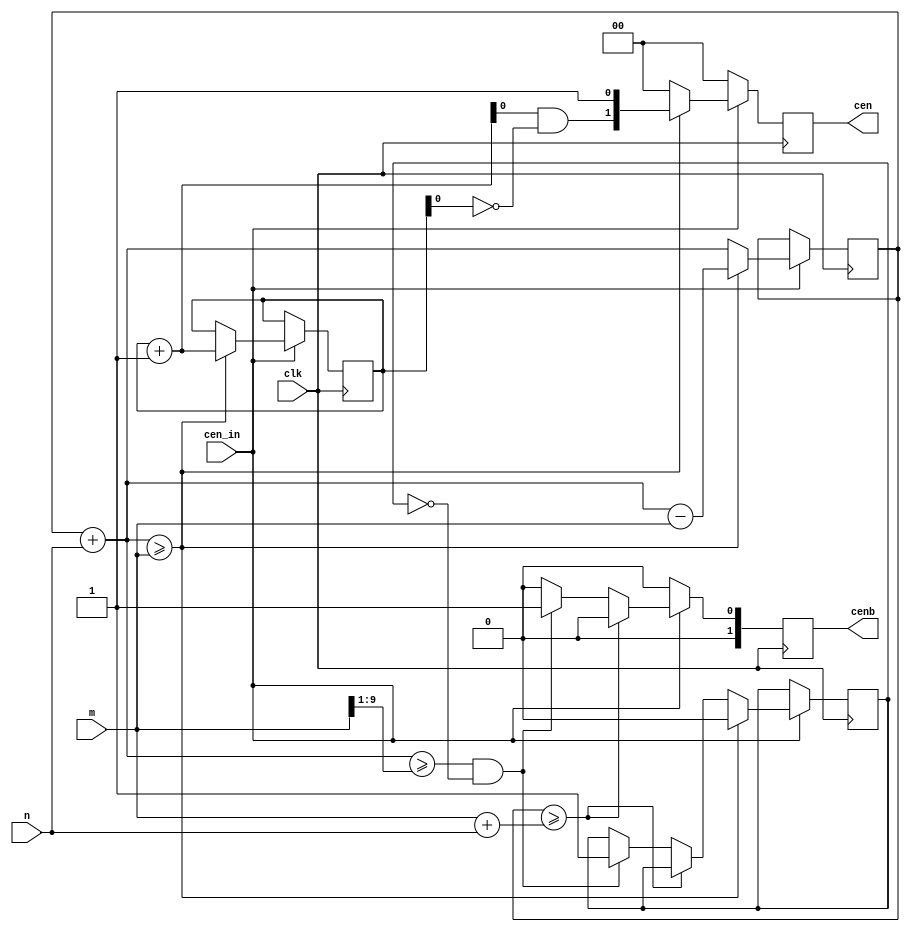
// This program was cloned from: https://github.com/MiSTer-devel/MiSTerLaggy_MiSTer
// License: GNU General Public License v2.0

///////////////////////////////////////////////////////////////////////////
// Fractional clock enable signal
// W refers to the number of divided down cen signals available
// each one is divided by 2

module jtframe_frac_cen #(parameter W=2)(
    input         clk,
    input         cen_in,

    input   [9:0] n,         // numerator
    input   [9:0] m,         // denominator
    output reg [W-1:0] cen,
    output reg [W-1:0] cenb // 180 shifted
);

wire [10:0] step={1'b0,n};
wire [10:0] lim ={1'b0,m};
wire [10:0] absmax = lim+step;

reg  [10:0] cencnt=11'd0;
reg  [10:0] next;
reg  [10:0] next2;

always @(*) begin
    next  = cencnt+step;
    next2 = next-lim;
end

reg  half    = 1'b0;
wire over    = next>=lim;
wire halfway = next >= (lim>>1)  && !half;

reg  [W-1:0] edgecnt = {W{1'b0}};
wire [W-1:0] next_edgecnt = edgecnt + 1'b1;
wire [W-1:0] toggle = next_edgecnt & ~edgecnt;

always @(posedge clk) begin
    cen  <= {W{1'b0}};
    cenb <= {W{1'b0}};

    if (cen_in) begin
        if( cencnt >= absmax ) begin
            // something went wrong: restart
            cencnt <= 11'd0;
        end else
        if( halfway ) begin
            half <= 1'b1;
            cenb[0] <= 1'b1;
        end
        if( over ) begin
            cencnt <= next2;
            half <= 1'b0;
            edgecnt <= next_edgecnt;
            cen <= { toggle[W-2:0], 1'b1 };
        end else begin
            cencnt <= next;
        end
    end
end


endmodule